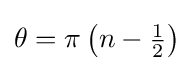
{\textstyle \theta =\pi \left(n-{\frac {1}{2}}\right)}